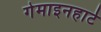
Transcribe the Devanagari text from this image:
गेमाइनहार्ट